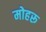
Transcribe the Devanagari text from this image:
मोहरू